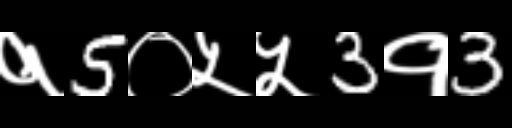
Text: १5०५५3१3